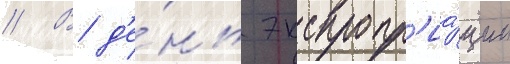
// В д'е́нь экспропр'иа́ции